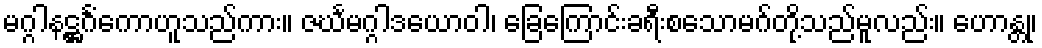
မဂ္ဂါနဋ္ဌင်္ဂံကောဟူသည်ကား။ ဇင်္ဃမဂ္ဂါဒယောဝါ၊ ခြေကြောင်းခရီးစသောမဂ်တို့သည်မူလည်း။ ဟောန္တု၊